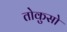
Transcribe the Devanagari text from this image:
तोकुसो